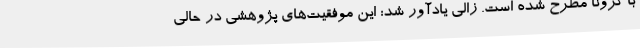
با کرونا مطرح شده است. زالی یادآور شد: این موفقیت‌های پژوهشی در حالی